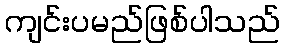
ကျင်းပမည်ဖြစ်ပါသည်